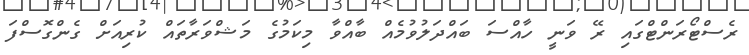
ރެސްޓޯރަންޓްގައި ރޭ ވަނީ ހާއްސަ ބައްދަލުވުމެއް ބާއްވާ މިކަމުގެ މަޝްވަރާތައް ކުރިއަށް ގެންގޮސްފަ